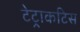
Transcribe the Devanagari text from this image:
टेट्राकटिस